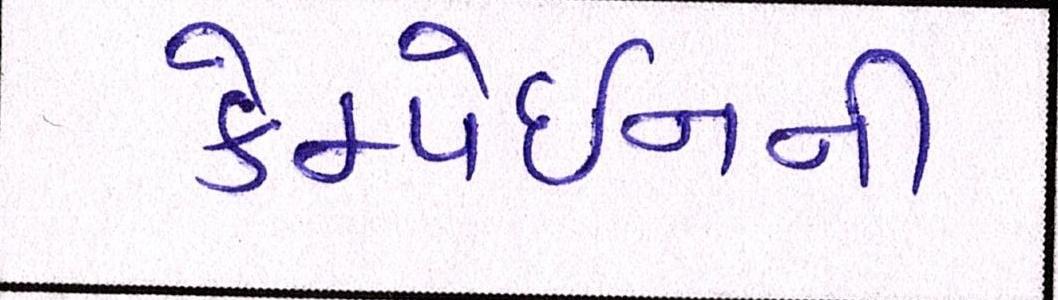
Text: કેમ્પેઇનની